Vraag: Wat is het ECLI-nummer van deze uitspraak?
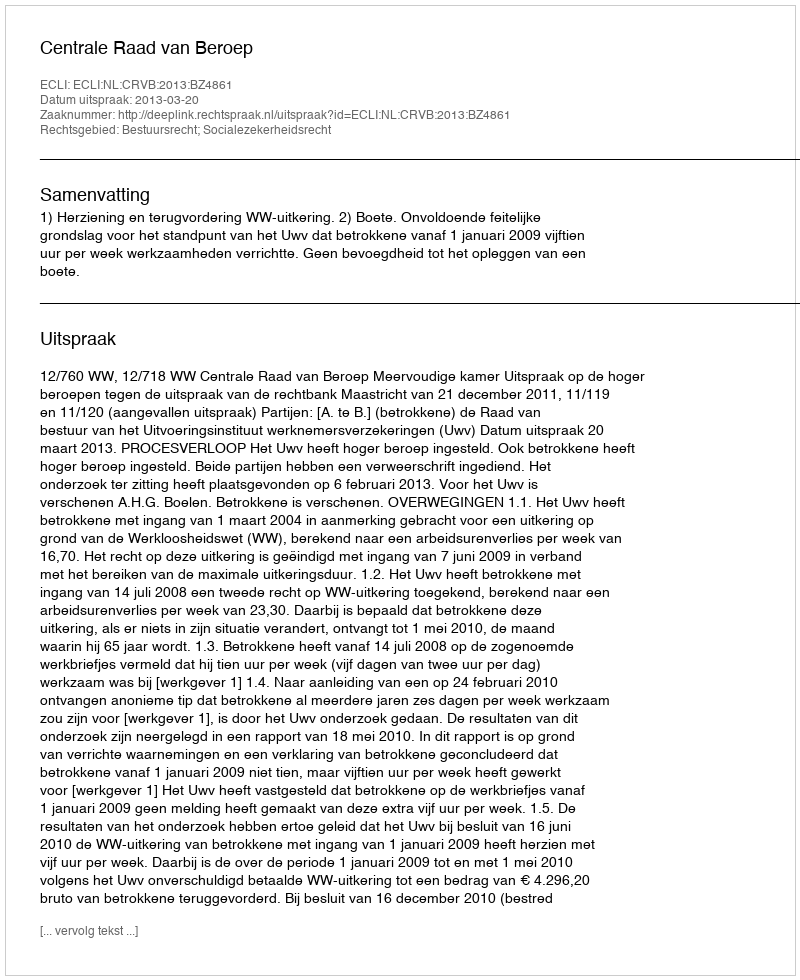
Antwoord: ECLI:NL:CRVB:2013:BZ4861